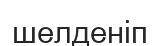
шелденіп